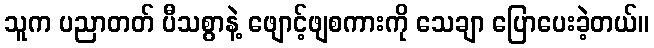
သူက ပညာတတ် ပီသစွာနဲ့ ဖျောင့်ဖျစကားကို သေချာ ပြောပေးခဲ့တယ်။